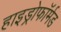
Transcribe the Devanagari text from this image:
हाइड्रोफॉर्मड